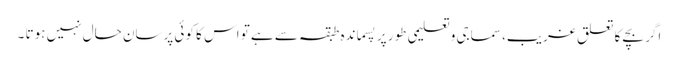
اگر بچے کا تعلق غریب، سماجی وتعلیمی طور پر پسماندہ طبقہ سے ہے تو اس کا کوئی پرسان حال نہیں ہوتا ۔